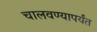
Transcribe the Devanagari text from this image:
चालवण्यापर्यंत